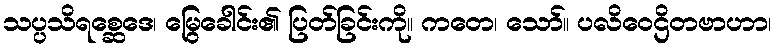
သပ္ပသိရစ္ဆေဒေ၊ မြွေခေါင်း၏ ပြတ်ခြင်းကို။ ကတေ၊ သော်။ ပလိဝေဌိတဗာဟာ၊